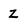
Character: Z